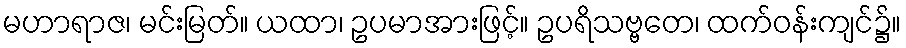
မဟာရာဇ၊ မင်းမြတ်။ ယထာ၊ ဥပမာအားဖြင့်။ ဥပရိသဗ္ဗတေ၊ ထက်ဝန်းကျင်၌။